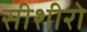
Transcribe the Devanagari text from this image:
सीशीरो